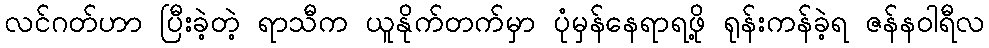
လင်ဂတ်ဟာ ပြီးခဲ့တဲ့ ရာသီက ယူနိုက်တက်မှာ ပုံမှန်နေရာရဖို့ ရုန်းကန်ခဲ့ရ ဇန်နဝါရီလ